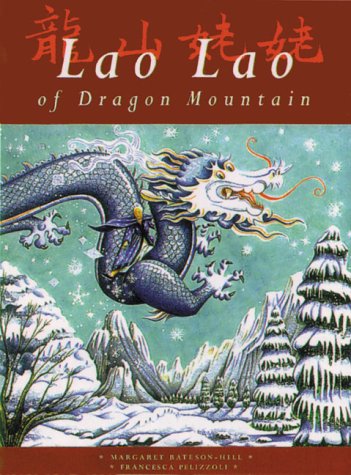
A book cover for Lao Lao of Dragon Mountain (Folk Tales series); Margaret Bateson Hill; Children's Books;